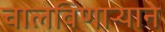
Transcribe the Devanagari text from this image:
चालविणाऱ्याने